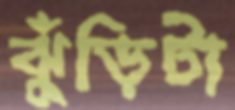
ঝুঁড়িটা